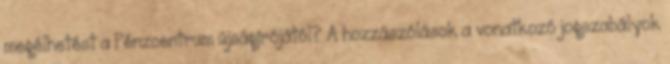
megélhetést a Pénzcentrum újságírójától? A hozzászólások a vonatkozó jogszabályok